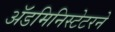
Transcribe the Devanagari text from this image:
ॲडमिनिस्टेटरने